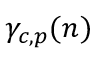
\gamma _ { c , p } ( n )